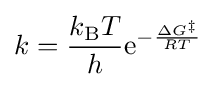
k={\frac {k_{\text{B}}T}{h}}\mathrm {e} ^{-{\frac {\Delta G^{\ddagger }}{RT}}}